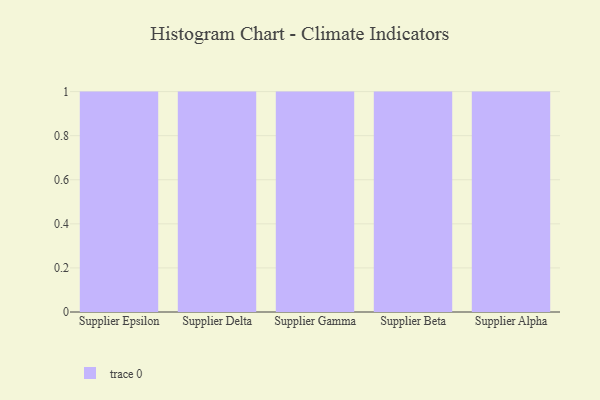
{"axis": {"x": "Supplier", "y": "Inventory Turnover"}, "legend": [""], "data": [{"x": "Supplier Epsilon", "y": 91, "type": ""}, {"x": "Supplier Delta", "y": 20, "type": ""}, {"x": "Supplier Gamma", "y": 53, "type": ""}, {"x": "Supplier Beta", "y": 91, "type": ""}, {"x": "Supplier Alpha", "y": 67, "type": ""}]}